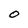
Character: O